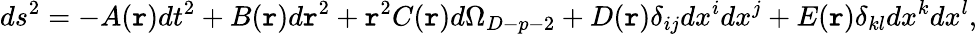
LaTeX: ds^{2}=-A(\mathtt{r})dt^{2}+B(\mathtt{r})d\mathtt{r}^{2}+\mathtt{r}^{2}C(\mathtt{r})d\Omega_{D-p-2}+D(\mathtt{r})\delta_{ij}dx^{i}dx^{j}+E(\mathtt{r})\delta_{kl}dx^{k}dx^{l},